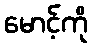
မောင့်ကို